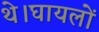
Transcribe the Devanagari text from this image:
थे।घायलों